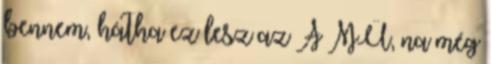
bennem, hátha ez lesz az A MŰ, na még